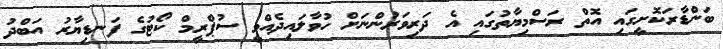
ބަންޑާރަކޮށީގައި އޮތް ރަސްމިޔާތުގައި އެ ދަރިވަރުންނަށް ހުވާލައިދެއްވީ ސުޕްރީމް ކޯޓުގެ ފަނޑިޔާރު އަބްދު